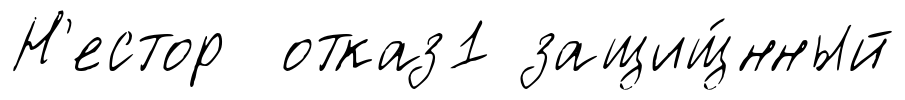
Н'естор отказ1 защищ́нный